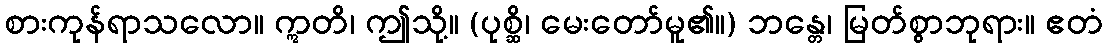
စားကုန်ရာသလော။ ဣတိ၊ ဤသို့။ (ပုစ္ဆိ၊ မေးတော်မူ၏။) ဘန္တေ၊ မြတ်စွာဘုရား။ ဧတံ